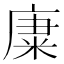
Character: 𥹺